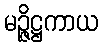
မဉ္ဇိဋ္ဌကာယ